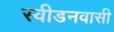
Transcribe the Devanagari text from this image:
स्वीडनवासी